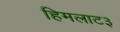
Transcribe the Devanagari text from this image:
हिमलाट३